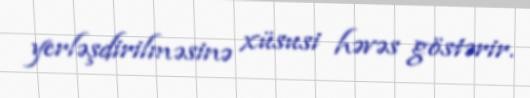
yerləşdirilməsinə xüsusi həvəs göstərir.